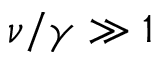
\nu / \gamma \gg 1